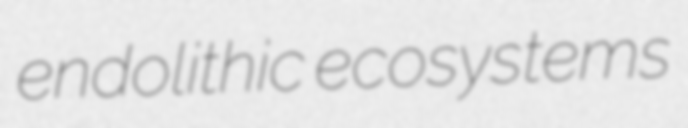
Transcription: endolithic ecosystems